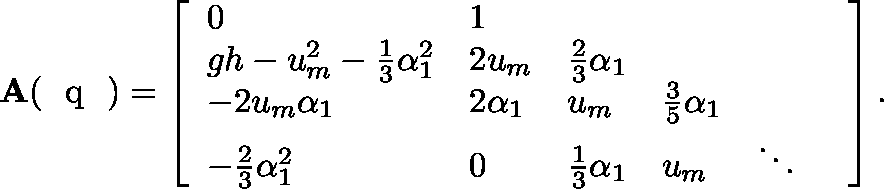
\mathbf { A } ( \textrm { \boldmath { q } } ) = \left[ \begin{array} { l l l l l l } { 0 } & { 1 } & { } & { } & { } & { } \\ { g h - u _ { m } ^ { 2 } - \frac { 1 } { 3 } \alpha _ { 1 } ^ { 2 } } & { 2 u _ { m } } & { \frac { 2 } { 3 } \alpha _ { 1 } } & { } & { } & { } \\ { - 2 u _ { m } \alpha _ { 1 } } & { 2 \alpha _ { 1 } } & { u _ { m } } & { \frac { 3 } { 5 } \alpha _ { 1 } } & { } & { } \\ { - \frac { 2 } { 3 } \alpha _ { 1 } ^ { 2 } } & { 0 } & { \frac { 1 } { 3 } \alpha _ { 1 } } & { u _ { m } } & { \ddots } & { } \end{array} \right] .